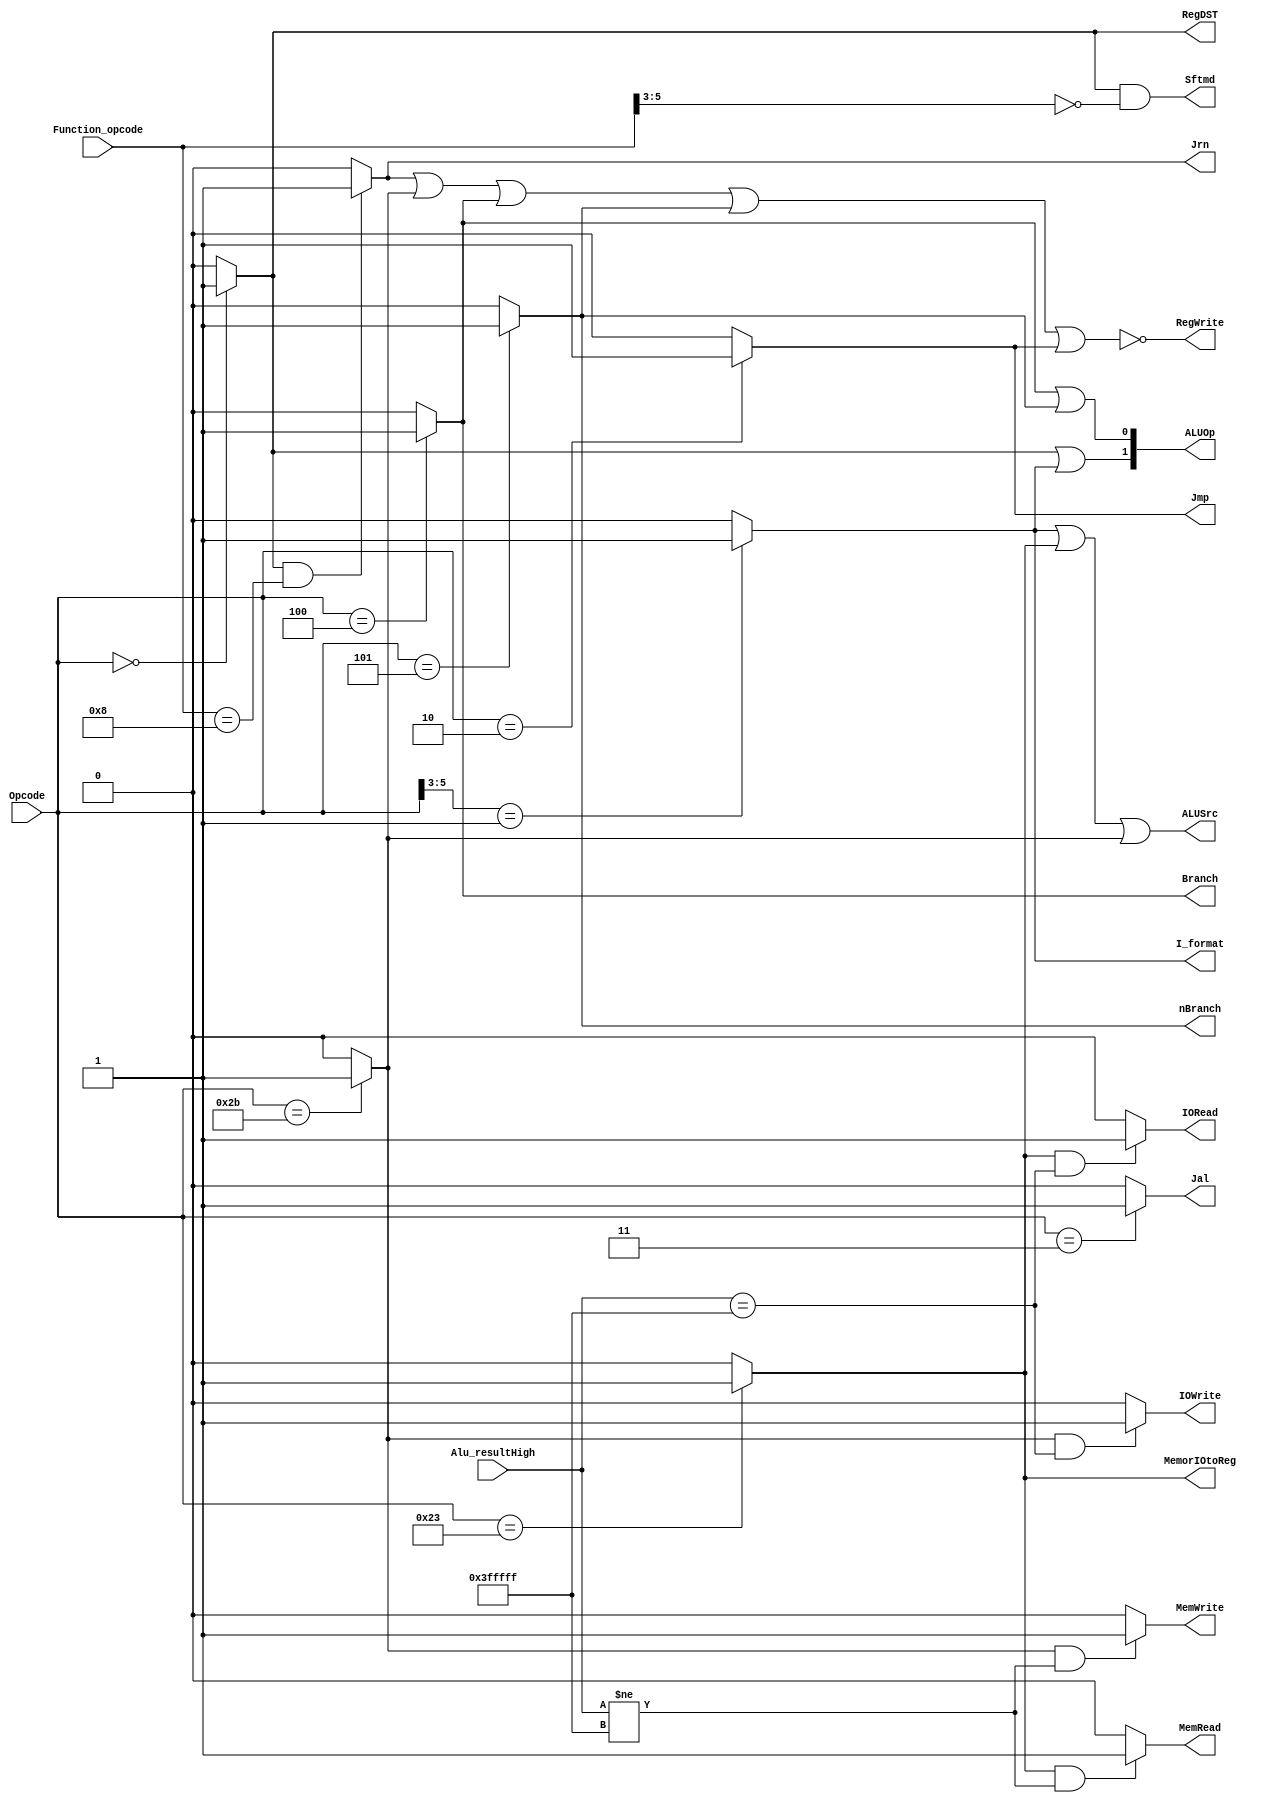
`timescale 1ns / 1ps
//////////////////////////////////////////////////////////////////////////////////
module control32(Opcode,Function_opcode,Alu_resultHigh,Jrn,RegDST,ALUSrc,MemorIOtoReg,RegWrite,MemRead,MemWrite,IORead,IOWrite,Branch,nBranch,Jmp,Jal,I_format,Sftmd,ALUOp);
    input[5:0]   Opcode;            // instruction[31..26]
    input[5:0]   Function_opcode;  	// r-form instructions[5..0]
    output       Jrn;
    output       RegDST;
    output       ALUSrc;            // 
    output       MemorIOtoReg;
    output       RegWrite;
    output       MemWrite;
    output       Branch;
    output       nBranch;
    output       Jmp;
    output       Jal;
    output       I_format;
    output       Sftmd;
    output[1:0]  ALUOp;
    input[21:0] Alu_resultHigh;
    output MemRead;
    output IOWrite;
    output IORead;
     
    wire Jmp,I_format,Jal,Branch,nBranch;
    wire R_format,Lw,Sw;
    
   
    assign R_format = (Opcode==6'b000000)? 1'b1:1'b0;    	//--00h 
    assign RegDST = R_format;                               //rdrt
    assign Jal = (Opcode==6'b000011)? 1'b1:1'b0;
    assign Jmp = (Opcode==6'b000010)? 1'b1:1'b0;
    assign Jrn = (R_format && Function_opcode==6'b001000)? 1'b1:1'b0;
    assign Lw = (Opcode==6'b100011)? 1'b1:1'b0;
    assign Sw = (Opcode==6'b101011)? 1'b1:1'b0;
    assign MemorIOtoReg = Lw;
    assign MemWrite = ((Sw==1'b1)&&(Alu_resultHigh[21:0]!=22'b1111111111111111111111))? 1'b1:1'b0;
    assign I_format = (Opcode[5:3]==3'b001)? 1'b1:1'b0;
    assign Branch = (Opcode==6'b000100)? 1'b1:1'b0;
    assign nBranch = (Opcode==6'b000101)? 1'b1:1'b0;
    assign ALUSrc = I_format | Lw | Sw;
    assign RegWrite = ~(Jrn | Sw | Branch | nBranch | Jmp);
    assign Sftmd = R_format & (Function_opcode[5:3]==3'b000);
    assign ALUOp = {(R_format | I_format),(Branch | nBranch)};
    assign MemRead = ((Lw==1'b1)&&(Alu_resultHigh[21:0]!=22'b1111111111111111111111))? 1'b1:1'b0;
    assign IOWrite = ((Sw==1'b1)&&(Alu_resultHigh[21:0]==22'b1111111111111111111111))? 1'b1:1'b0;
    assign IORead = ((Lw==1'b1)&&(Alu_resultHigh[21:0]==22'b1111111111111111111111))? 1'b1:1'b0;    

endmodule